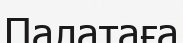
Палатаға